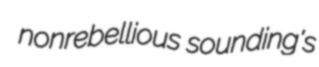
nonrebellious sounding's